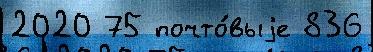
2020 75 почто́выjе 836